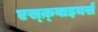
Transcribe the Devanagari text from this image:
एस्क़्वाइयर्स